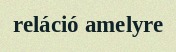
reláció amelyre